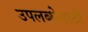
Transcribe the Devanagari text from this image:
उपलब्धेसाठी